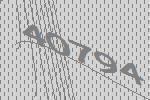
40794